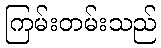
ကြမ်းတမ်းသည်